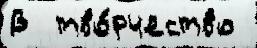
В  тво́рчество